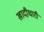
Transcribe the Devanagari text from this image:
खादीधारी